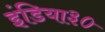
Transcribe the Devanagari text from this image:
इंडिया३०